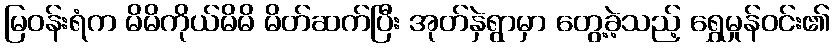
မြဝန်းရံက မိမိကိုယ်မိမိ မိတ်ဆက်ပြီး အုတ်နှဲရွာမှာ တွေ့ခဲ့သည့် ရွှေမှုန်ဝင်း၏